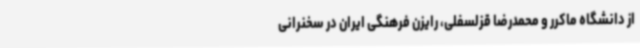
از دانشگاه ماکرر و محمدرضا قزلسفلی، رایزن فرهنگی ایران در سخنرانی